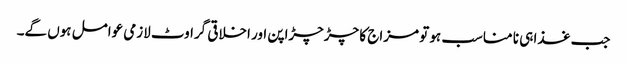
جب غذا ہی نا مناسب ہو تو مزاج کا چڑچڑاپن اور اخلاقی گراوٹ لازمی عوامل ہوں گے۔